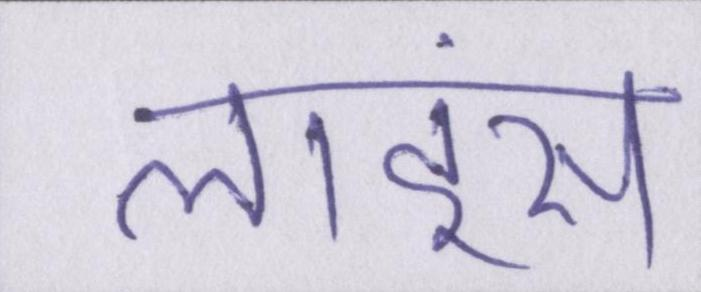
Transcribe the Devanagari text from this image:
लाइंस